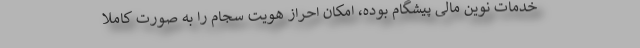
خدمات نوین مالی پیشگام بوده، امکان احراز هویت سجام را به صورت کاملاً